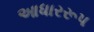
આધારરૂપ